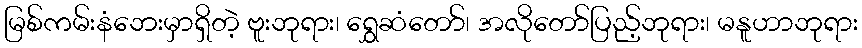
မြစ်ကမ်းနံဘေးမှာရှိတဲ့ ဗူးဘုရား၊ ရွှေဆံတော်၊ အလိုတော်ပြည့်ဘုရား၊ မနူဟာဘုရား